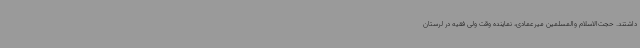
داشتند. حجت‌الاسلام والمسلمین میرعمادی، نماینده وقت ولی فقیه در لرستان